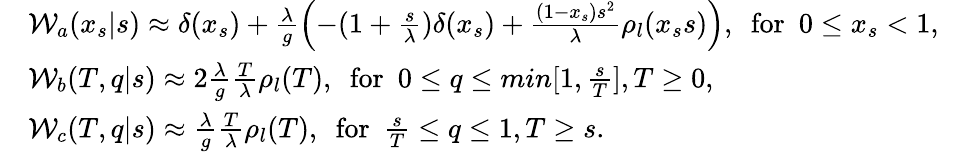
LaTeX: \begin{array}{rlr}&{{\cal W}_{a}(x_{s}|s)\approx\delta(x_{s})+\frac{\lambda}{g}\left(-(1+\frac{s}{\lambda})\delta(x_{s})+\frac{(1-x_{s})s^{2}}{\lambda}\rho_{l}(x_{s}s)\right),\ \ \mathrm{for}\ \ 0\le x_{s}<1,}&\\ &{{\cal W}_{b}(T,q|s)\approx 2\frac{\lambda}{g}\frac{T}{\lambda}\rho_{l}(T),\ \ \mathrm{for}\ \ 0\le q\le min[1,\frac{s}{T}],T\ge 0,}&\\ &{{\cal W}_{c}(T,q|s)\approx\frac{\lambda}{g}\frac{T}{\lambda}\rho_{l}(T),\ \ \mathrm{for}\ \ \frac{s}{T}\le q\le 1,T\ge s.}&\end{array}